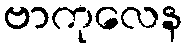
ဗာကုလေန